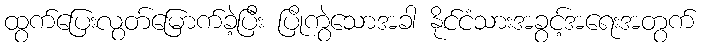
ထွက်ပြေးလွတ်မြောက်ခဲ့ပြီး ပြိုကွဲသောအခါ နိုင်ငံသားအခွင့်အရေးအတွက်